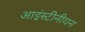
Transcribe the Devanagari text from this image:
आइंस्टीनीयन